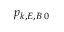
p _ { k , E , B \, 0 }